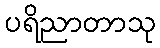
ပရိညာတာသု